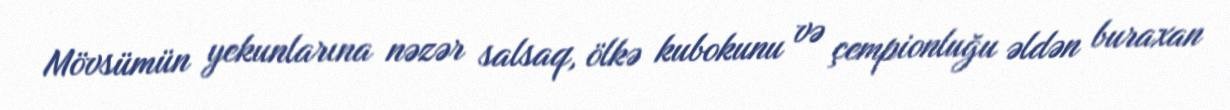
Mövsümün yekunlarına nəzər salsaq, ölkə kubokunu və çempionluğu əldən buraxan